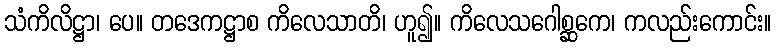
သံကိလိဋ္ဌာ၊ ပေ။ တဒေကဋ္ဌာစ ကိလေသာတိ၊ ဟူ၍။ ကိလေသဂေါစ္ဆကေ၊ ကလည်းကောင်း။